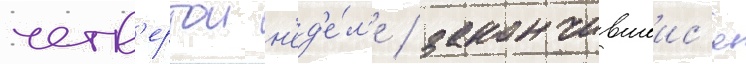
четв'ертои н'ед'е́л'е / закончившеис'я